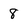
Character: 8